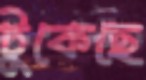
টুকেছে